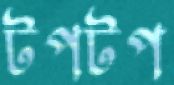
টপটপ